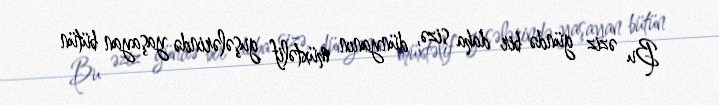
Bu əziz gündə bir daha sizə, dünyanın müxtəlif guşələrində yaşayan bütün